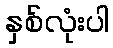
နှစ်လုံးပါ